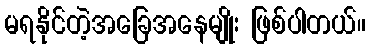
မရနိုင်တဲ့အခြေအနေမျိုး ဖြစ်ပါတယ်။